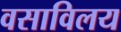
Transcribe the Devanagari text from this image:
वसाविलय